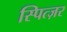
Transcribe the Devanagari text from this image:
स्पित्ज़र